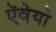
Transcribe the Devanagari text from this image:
ऍवेयो